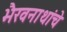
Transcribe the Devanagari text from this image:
भैरवनाथांचे